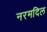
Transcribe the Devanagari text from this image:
नरमदिल